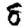
Digit: 8